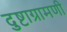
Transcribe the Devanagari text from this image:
दुष्टाग्रामणी